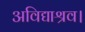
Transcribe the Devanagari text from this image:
अविद्याश्रव।